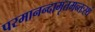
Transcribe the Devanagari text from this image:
परमानन्दामृतमन्तःस्थं